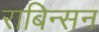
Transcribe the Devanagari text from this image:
राबिन्सन